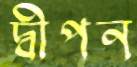
দ্বীপন